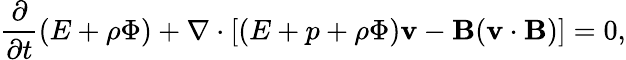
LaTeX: \frac{\partial}{\partial t}(E+\rho\Phi)+\nabla\cdot[(E+p+\rho\Phi)\mathbf{v}-\mathbf{B}(\mathbf{v}\cdot\mathbf{B})]=0,